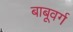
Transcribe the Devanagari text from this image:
बाबूवर्ग